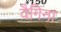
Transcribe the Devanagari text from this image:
वैगिना